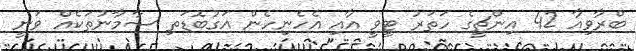
ބްރާވިއާ 42 އިންޗީގެ ހަތަރު ޓީވީ އާއި އެހެނިހެން އަގުބޮޑަތި ސާމާނުތަކެއް ވަނީ